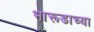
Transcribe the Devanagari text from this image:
भारूडाच्या